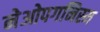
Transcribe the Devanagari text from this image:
नेओपगनिस्म